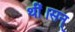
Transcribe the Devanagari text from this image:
थीं।सन्